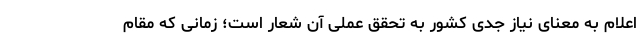
اعلام به معنای نیاز جدی کشور به تحقق عملی آن شعار است؛ زمانی که مقام